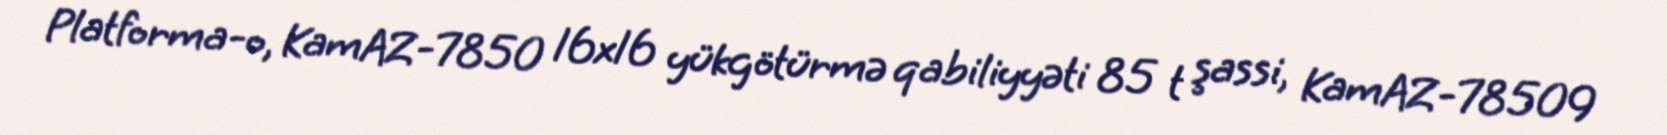
Platforma-o, KamAZ-7850 16x16 yükgötürmə qabiliyyəti 85 t şassi, KamAZ-78509